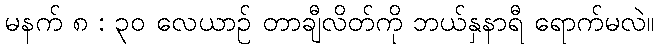
မနက် ၈ : ၃၀ လေယာဉ် တာချီလိတ်ကို ဘယ်နှနာရီ ရောက်မလဲ။